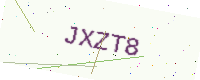
Text: JXZT8